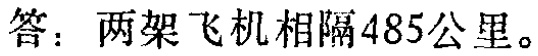
答：两架飞机相隔485公里。